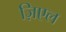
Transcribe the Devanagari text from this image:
ज़िएल